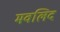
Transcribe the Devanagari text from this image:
मवलिद